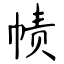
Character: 帻